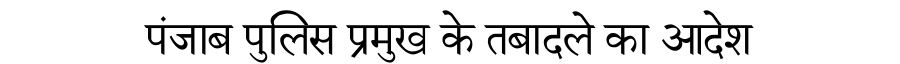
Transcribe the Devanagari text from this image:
पंजाब पुलिस प्रमुख के तबादले का आदेश